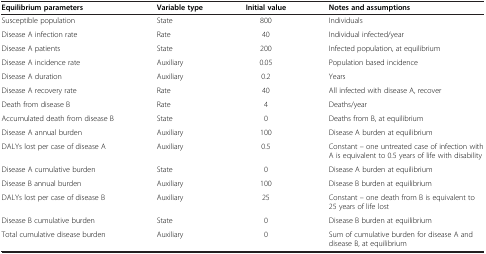
<table><thead><tr><td><b>Equilibrium parameters</b></td><td><b>Variable type</b></td><td><b>Initial value</b></td><td><b>Notes and assumptions</b></td></tr></thead><tbody><tr><td>Susceptible population</td><td>State</td><td>800</td><td>Individuals</td></tr><tr><td>Disease A infection rate</td><td>Rate</td><td>40</td><td>Individual infected/year</td></tr><tr><td>Disease A patients</td><td>State</td><td>200</td><td>Infected population, at equilibrium</td></tr><tr><td>Disease A incidence rate</td><td>Auxiliary</td><td>0.05</td><td>Population based incidence</td></tr><tr><td>Disease A duration</td><td>Auxiliary</td><td>0.2</td><td>Years</td></tr><tr><td>Disease A recovery rate</td><td>Rate</td><td>40</td><td>All infected with disease A, recover</td></tr><tr><td>Death from disease B</td><td>Rate</td><td>4</td><td>Deaths/year</td></tr><tr><td>Accumulated death from disease B</td><td>State</td><td>0</td><td>Deaths from B, at equilibrium</td></tr><tr><td>Disease A annual burden</td><td>Auxiliary</td><td>100</td><td>Disease A burden at equilibrium</td></tr><tr><td>DALYs lost per case of disease A</td><td>Auxiliary</td><td>0.5</td><td>Constant – one untreated case of infection with A is equivalent to 0.5 years of life with disability</td></tr><tr><td>Disease A cumulative burden</td><td>State</td><td>0</td><td>Disease A burden at equilibrium</td></tr><tr><td>Disease B annual burden</td><td>Auxiliary</td><td>100</td><td>Disease B burden at equilibrium</td></tr><tr><td>DALYs lost per case of disease B</td><td>Auxiliary</td><td>25</td><td>Constant – one death from B is equivalent to 25 years of life lost</td></tr><tr><td>Disease B cumulative burden</td><td>State</td><td>0</td><td>Disease B burden at equilibrium</td></tr><tr><td>Total cumulative disease burden</td><td>Auxiliary</td><td>0</td><td>Sum of cumulative burden for disease A and disease B, at equilibrium</td></tr></tbody></table>